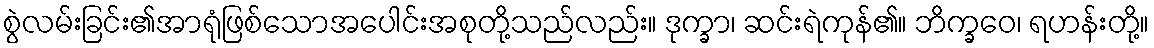
စွဲလမ်းခြင်း၏အာရုံဖြစ်သောအပေါင်းအစုတို့သည်လည်း။ ဒုက္ခာ၊ ဆင်းရဲကုန်၏။ ဘိက္ခဝေ၊ ရဟန်းတို့။